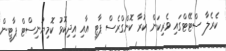
ކެރެލާ ސްޓޭޓްގައި ވެރިކަން ކުރާ ކޮންގްރެސް ޕާޓީ އާއި އިދިކޮޅު ކޮމިޔުނިސްޓް ޕާޓީން